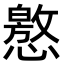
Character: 㦘